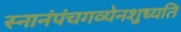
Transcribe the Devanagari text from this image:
स्नानंपंचगव्येनशुध्यति